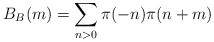
\begin{align*}B_B(m) = \sum_{n > 0} \pi(-n)\pi(n+m)\end{align*}